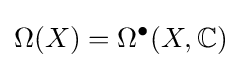
\Omega (X)=\Omega ^{\bullet }(X,\mathbb {C} )